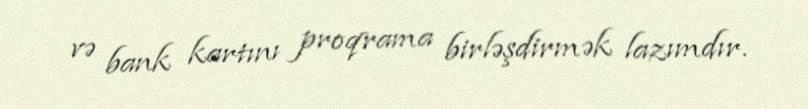
və bank kartını proqrama birləşdirmək lazımdır.